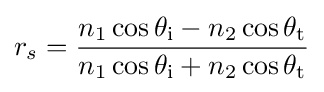
r_{s}={\frac {n_{1}\cos \theta _{\text{i}}-n_{2}\cos \theta _{\text{t}}}{n_{1}\cos \theta _{\text{i}}+n_{2}\cos \theta _{\text{t}}}}